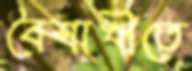
বৈশাখীতে